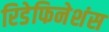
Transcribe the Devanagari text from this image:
रिडेफिनेशंस